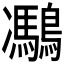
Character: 𪅯